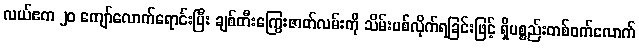
လယ်ဧက ၂၀ ကျော်လောက်ရောင်းပြီး ချစ်တီးကြွေးဇာတ်လမ်းကို သိမ်းပစ်လိုက်ရခြင်းဖြင့် ရှိပစ္စည်းတစ်ဝက်လောက်